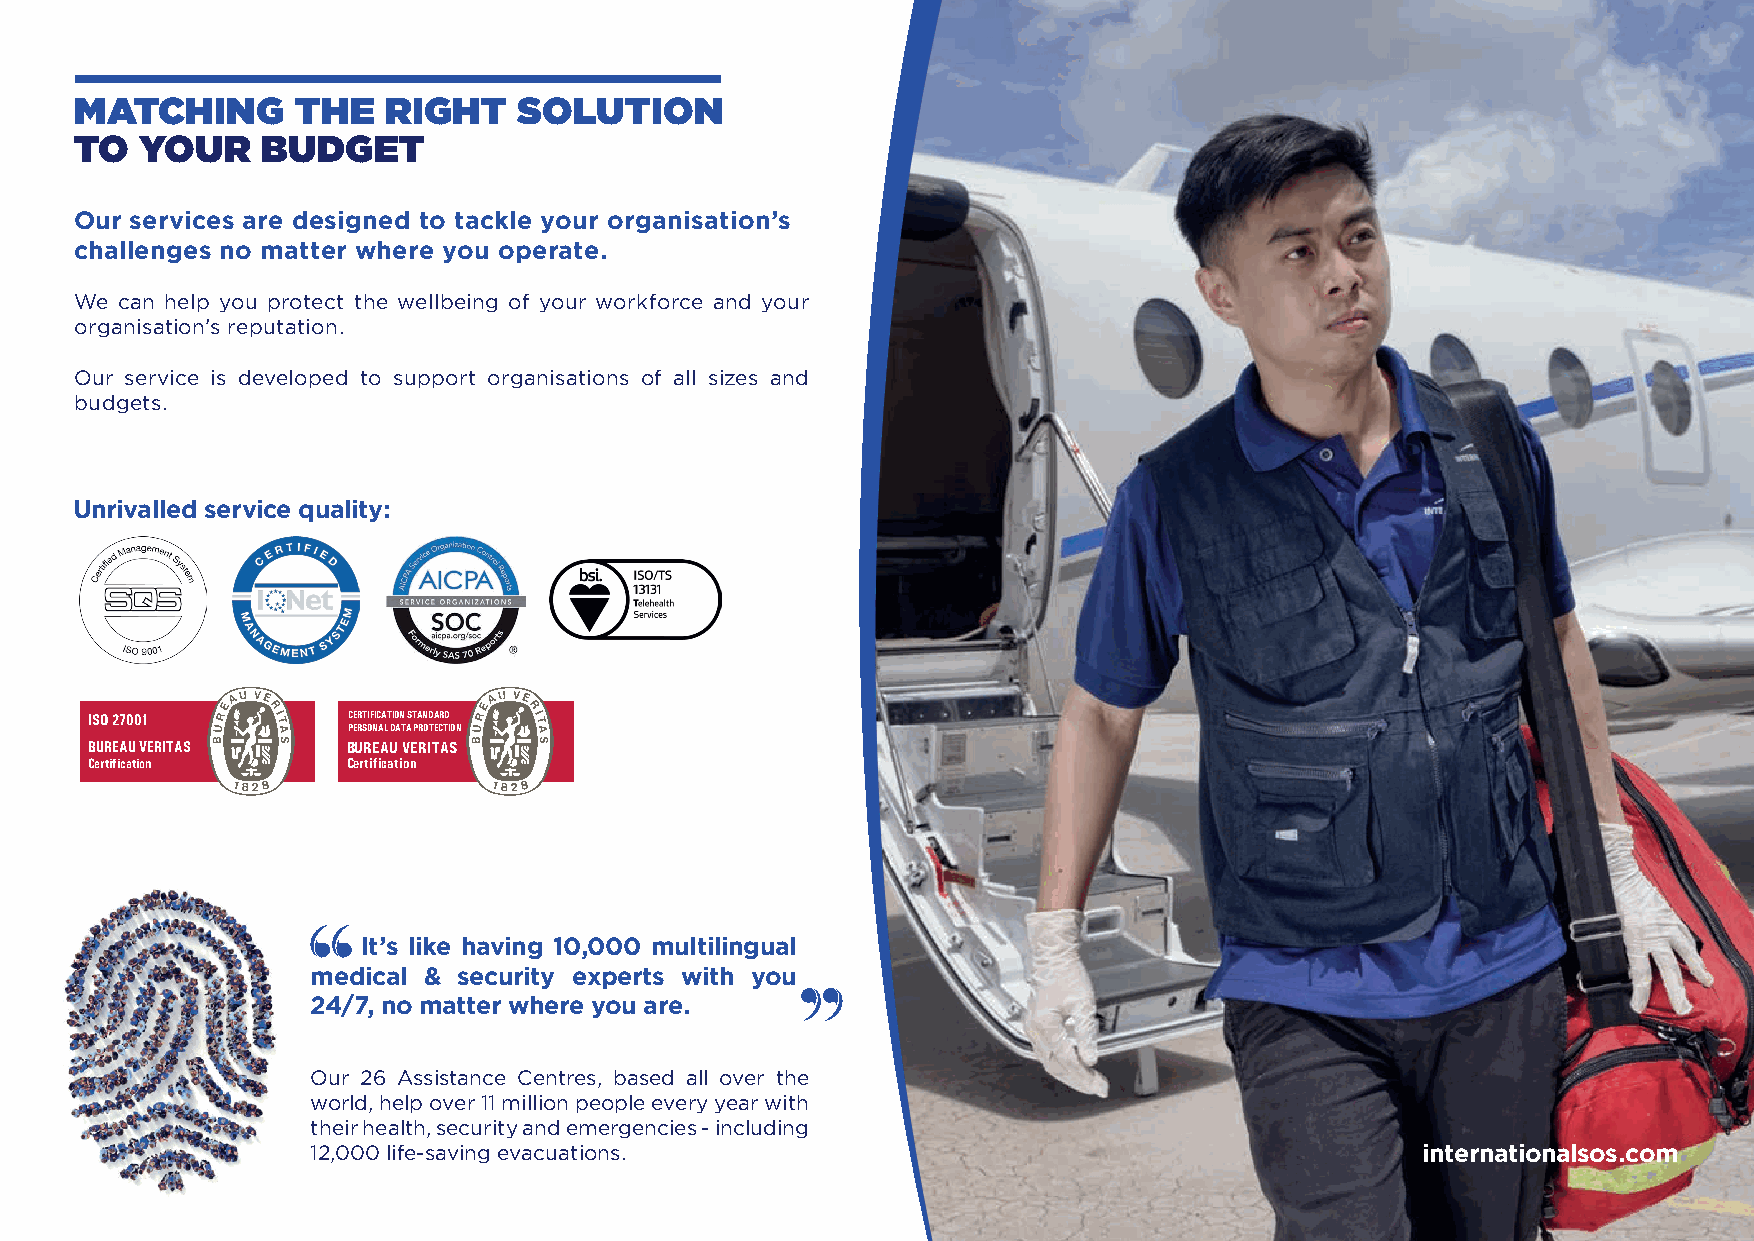
MATCHING       THE  RIGHT    SOLUTION
 TO  YOUR    BUDGET
 Our services are designed to tackle your organisation’s
 challenges no matter where you operate.
 We can help you protect the wellbeing of your workforce and your
 organisation’s reputation.
 Our service is developed to support organisations of all sizes and
 budgets.
 Unrivalled service quality:
 ISO 27001        CERTIFICATION STANDARD
 PERSONAL DATA PROTECTION
 BUREAU VERITAS   BUREAU VERITAS
 Certification    Certification
 0008
 It’s like having 10,000 multilingual
 medical & security experts with you
 24/7, no matter where you are.
 Our 26 Assistance Centres, based all over the
 world, help over 11 million people every year with
 their health, security and emergencies - including
 12,000 life-saving evacuations.                                          internationalsos.com
 WORLDWIDE REACH.
 HUMAN TOUCH.